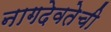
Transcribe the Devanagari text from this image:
नागदेवतेची